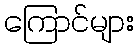
ကြောင်များ